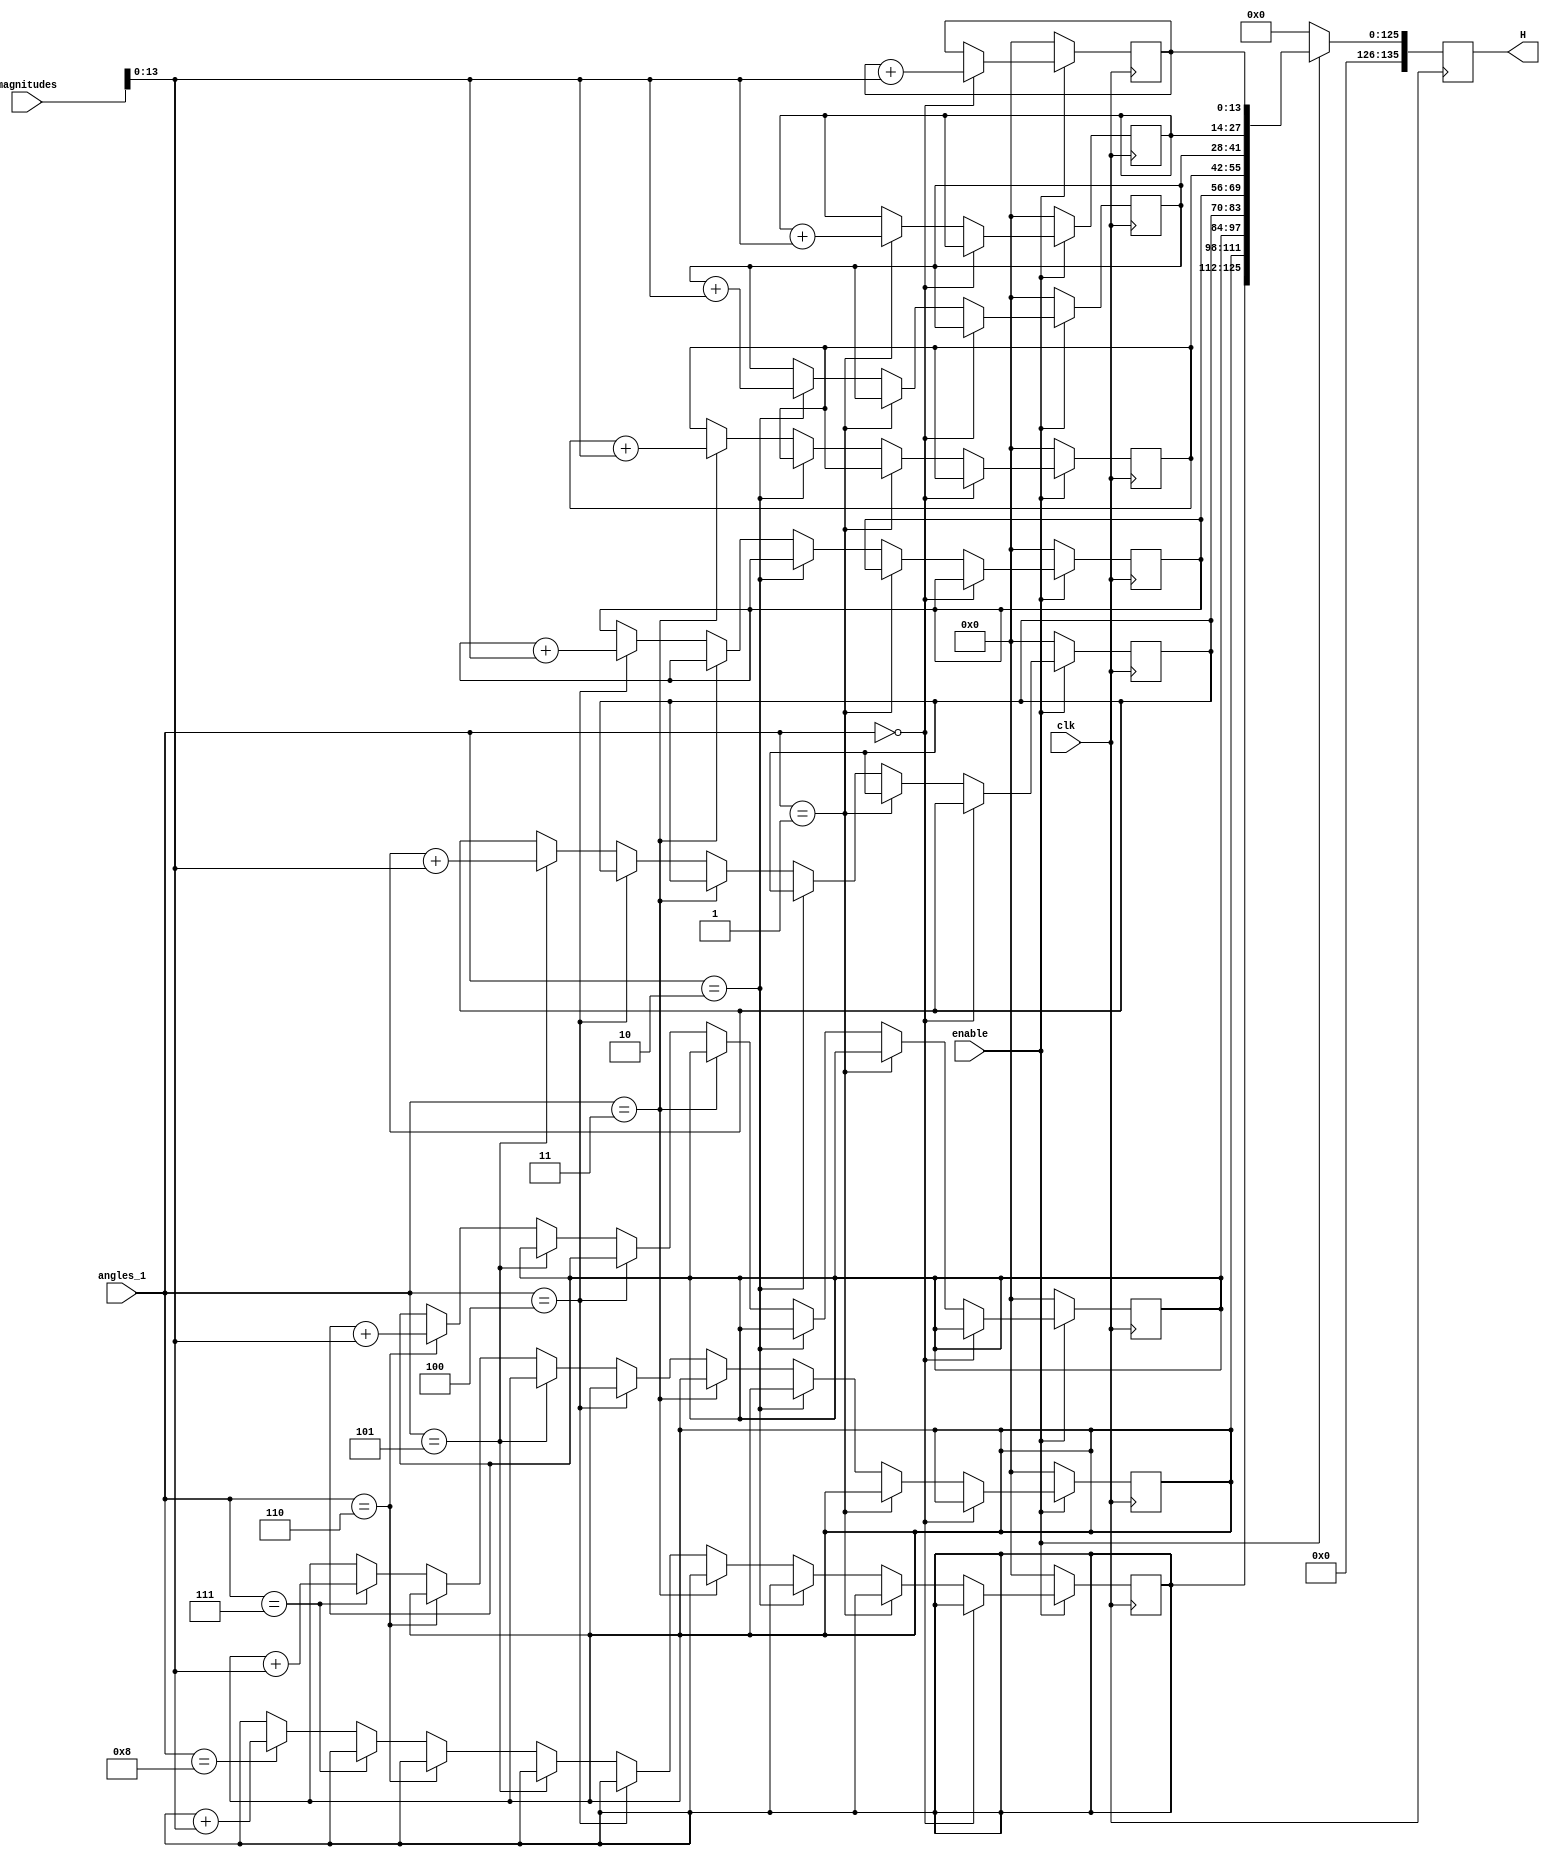
module getHistogram
          (
  input wire clk,
  input wire   [15:0] magnitudes,  // ufix14_En7
  input wire   [13:0] angles_1,  // sfix14_En1  output  ce_out;
  input wire enable,
  output  reg [135:0] H  // sfix14_E1
  );
  
  reg [13:0] array [0:8];
  
  always @(posedge clk)
  begin
	 if (enable == 1'b1)
  	begin
  if (angles_1 == 4'b0000) 
	begin
		array[0] <= array[0] + magnitudes;
	end
    else if (angles_1 == 4'b0001) 
	begin
		array[1] <= array[1] + magnitudes;
	end
	else if (angles_1 == 4'b0010) 
	begin
		array[2] <= array[2] + magnitudes;
	end
	else if (angles_1 == 4'b0011) 
	begin
		array[3] <= array[3] + magnitudes;
	end
	else if (angles_1 == 4'b0100) 
	begin
		array[4] <= array[4] + magnitudes;
	end
	else if (angles_1 == 4'b0101) 
	begin
		array[5] <= array[5] + magnitudes;
	end
	else if (angles_1 == 4'b0110) 
	begin
		array[6] <= array[6] + magnitudes;
	end
	else if (angles_1 == 4'b0111) 
	begin
		array[7] <= array[7] + magnitudes;
	end
	else if (angles_1 == 4'b1000) 
	begin
		array[8] <= array[8] + magnitudes;
	end
	H <= {array[8], array[7], array[6], array[5], array[4], array[3], array[2], array[1], array[0]};
	end
  else
  begin 	  
  	 H <= 135'b0;
  	 array[0] <= 13'b0;
  	 array[1] <= 13'b0;
	  array[2] <= 13'b0;
  	 array[3] <= 13'b0;
	  array[4] <= 13'b0;
	  array[5] <= 13'b0;
	  array[6] <= 13'b0;
	  array[7] <= 13'b0;
	  array[8] <= 13'b0;
 end	  
	
	
  end

	
endmodule